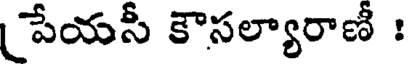
పేయసీ కౌసల్యారాణీ :